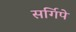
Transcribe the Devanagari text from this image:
सर्गिपे